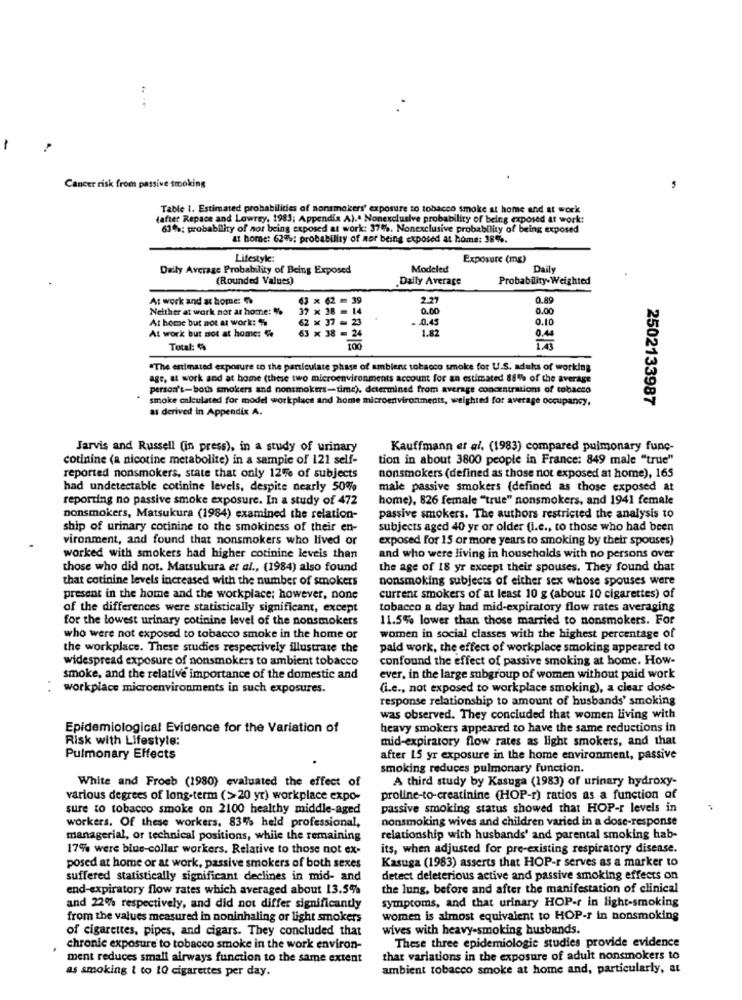
-
Cancer risk from passive smoking
Table i. Estimated probabilities of nonsmokers' exposure to tobacco smoke at home and at work
(after Repace and Lowrey, 1983; Appendix A) .. Nonexclusive probability of being exposed at work:
63 %; probability of not being exposed at work: 37%. Nonexclusive probability of being exposed
at home: 62%: probability of nor being exposed at home: 38%.
Lifestyle:
Exposure (mg)
Daily Average Probability of Being Exposed
Modeled
Daily
(Rounded Values)
Daily Average
Probability-Weighted
At work and at home:
63 × 62 = 39
2.27
0.89
Neither at work nor at home: %
37 × 38 = 14
0.00
0.00
At home but not at work: %
62 × 37 - 23
.. 0.45
0.10
At work but not at home:
1.82
63 x 38 = 24
....
0.44
Total: $
"The estimated exposure to the particulate phase of ambient tobacco smoke for U.S. adults of working
age, at work and at home (these two microenvironments account for an estimated 88% of the average
person's-both smokers and nonsmokers-time). determined from average concentrations of tobacco
smoke calculated for model workplace and home microenvironments, weighted for average occupancy,
2502133987
as derived in Appendix A.
Jarvis and Russell (in press), in a study of urinary
Kauffmann et al. (1983) compared pulmonary func-
cotinine (a nicotine metabolite) in a sample of 121 self-
tion in about 3800 people in France: 849 male "true"
reported nonsmokers, state that only 12% of subjects
nonsmokers (defined as those not exposed at home), 165
had undetectable cotinine levels, despite nearly 50%
male passive smokers (defined as those exposed at
reporting no passive smoke exposure. In a study of 472
home), 826 female "true" nonsmokers, and 1941 female
nonsmokers, Matsukura (1984) examined the relation-
passive smokers. The authors restricted the analysis to
ship of urinary cotinine to the smokiness of their en-
subjects aged 40 yr or older (i.e ., to those who had been
vironment, and found that nonsmokers who lived or
exposed for 15 or more years to smoking by their spouses)
worked with smokers had higher cotinine levels than
and who were living in households with no persons over
those who did not. Matsukura et al ., (1984) also found
the age of 18 yr except their spouses. They found that
that cotinine levels increased with the number of smokers
nonsmoking subjects of either sex whose spouses were
present in the home and the workplace; however, none
current smokers of at least 10 g (about 10 cigarettes) of
of the differences were statistically significant, except
tobacco a day had mid-expiratory flow rates averaging
for the lowest urinary cotinine level of the nonsmokers
11.5% lower than those married to nonsmokers. For
who were not exposed to tobacco smoke in the home or
women in social classes with the highest percentage of
the workplace. These studies respectively illustrate the
paid work, the effect of workplace smoking appeared to
widespread exposure of nonsmokers to ambient tobacco
confound the effect of passive smoking at home. How-
smoke, and the relative importance of the domestic and
ever, in the large subgroup of women without paid work
workplace microenvironments in such exposures.
(i.e ., not exposed to workplace smoking), a clear dose-
response relationship to amount of husbands' smoking
was observed. They concluded that women living with
Epidemiological Evidence for the Variation of
heavy smokers appeared to have the same reductions in
Risk with Lifestyle:
mid-expiratory flow rates as light smokers, and that
Pulmonary Effects
after 15 yr exposure in the home environment, passive
smoking reduces pulmonary function.
White and Froeb (1980) evaluated the effect of
A third study by Kasuga (1983) of urinary hydroxy-
various degrees of long-term (>20 yr) workplace expo-
proline-to-creatinine (HOP-r) ratios as a function of
sure to tobacco smoke on 2100 healthy middle-aged
passive smoking status showed that HOP-r levels in
workers. Of these workers. 83% held professional,
nonsmoking wives and children varied in a dose-response
managerial, or technical positions, while the remaining
relationship with husbands' and parental smoking hab-
17% were blue-collar workers. Relative to those not ex-
its, when adjusted for pre-existing respiratory disease.
Kasuga (1983) asserts that HOP-r serves as a marker to
posed at home or at work, passive smokers of both sexes
suffered statistically significant declines in mid- and
detect deleterious active and passive smoking effects on
end-expiratory flow rates which averaged about 13.5%
the lung, before and after the manifestation of clinical
symptoms, and that urinary HOP-r in light-smoking
and 22% respectively, and did not differ significantly
from the values measured in noninhaling or light smokers
women is almost equivalent to HOP-r in nonsmoking
of cigarettes, pipes, and cigars. They concluded that
wives with heavy-smoking husbands.
chronic exposure to tobacco smoke in the work environ-
These three epidemiologic studies provide evidence
ment reduces small airways function to the same extent
that variations in the exposure of adult nonsmokers to
as smoking t to 10 cigarettes per day.
ambient tobacco smoke at home and, particularly, at